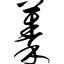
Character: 蓁